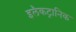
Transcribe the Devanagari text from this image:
इलैकट्रानिक